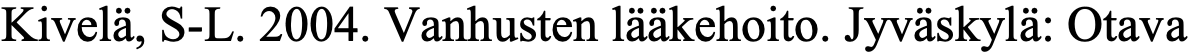
Kivelä, S-L. 2004. Vanhusten lääkehoito. Jyväskylä: Otava